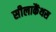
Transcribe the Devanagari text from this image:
सीलाकैंथस